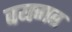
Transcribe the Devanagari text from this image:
वयगत